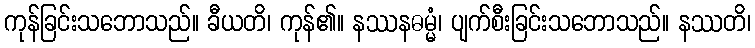
ကုန်ခြင်းသဘောသည်။ ခီယတိ၊ ကုန်၏။ နဿနဓမ္မံ၊ ပျက်စီးခြင်းသဘောသည်။ နဿတိ၊